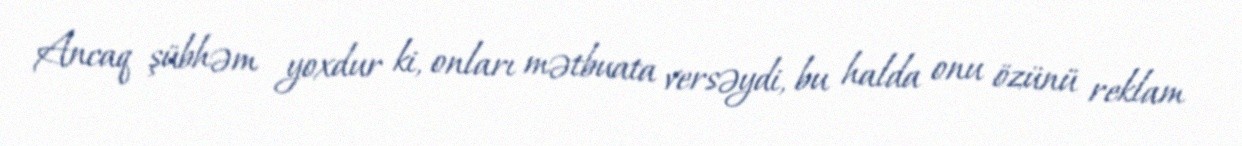
Ancaq şübhəm yoxdur ki, onları mətbuata versəydi, bu halda onu özünü reklam